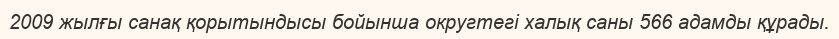
2009 жылғы санақ қорытындысы бойынша округтегі халық саны 566 адамды құрады.